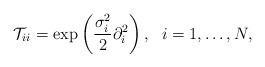
LaTeX: \begin{align*}\mathcal{T}_{ii}=\exp\left(\frac{\sigma^2_{i}}{2}\partial^2_i\right), \ \ i=1,\ldots,N,\end{align*}